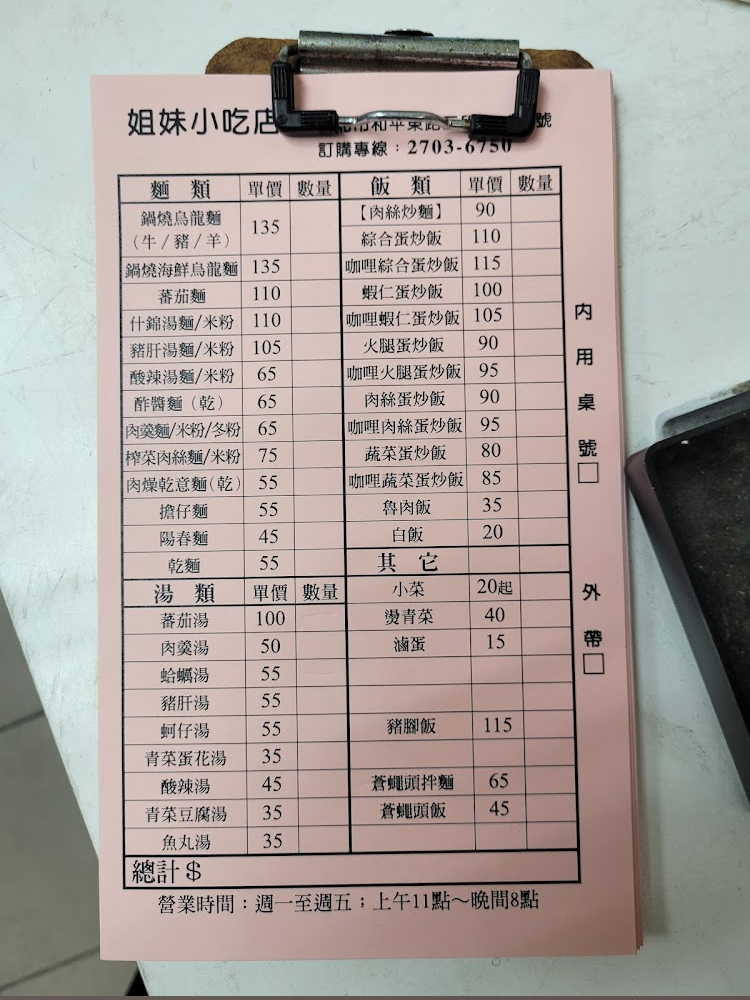
餐廳：姐妹小吃店
電話：2703-6750
營業時間：週一至週五;上午11點~晚間8點
菜單：
name: 鍋燒烏龍麵
price: 135
name: 肉絲炒麵(牛/豬/羊)
price: 90
name: 綜合蛋炒飯
price: 110
name: 鍋燒海鮮烏龍麵
price: 135
name: 咖哩綜合蛋炒飯
price: 115
name: 蕃茄麵
price: 110
name: 蝦仁蛋炒飯
price: 100
name: 什錦湯麵/米粉
price: 110
name: 咖哩蝦仁蛋炒飯
price: 105
name: 豬肝湯麵/米粉
price: 105
name: 火腿蛋炒飯
price: 90
name: 酸辣湯麵/米粉
price: 65
name: 咖哩火腿蛋炒飯
price: 95
name: 酢醬麵(乾)
price: 65
name: 肉絲蛋炒飯
price: 90
name: 肉羹麵/米粉/冬粉
price: 65
name: 咖哩肉絲蛋炒飯
price: 95
name: 榨菜肉絲麵/米粉
price: 75
name: 蔬菜蛋炒飯
price: 80
name: 肉燥乾意麵(乾)
price: 55
name: 咖哩蔬菜蛋炒飯
price: 85
name: 擔仔麵
price: 55
name: 魯肉飯
price: 35
name: 陽春麵
price: 45
name: 白飯
price: 20
name: 乾麵
price: 55
name: 蕃茄湯
price: 100
name: 燙青菜
price: 40
name: 肉羹湯
price: 50
name: 滷蛋
price: 15
name: 蛤蠣湯
price: 55
name: 豬肝湯
price: 55
name: 蚵仔湯
price: 55
name: 青菜蛋花湯
price: 35
name: 酸辣湯
price: 45
name: 青菜豆腐湯
price: 35
name: 魚丸湯
price: 35
name: 豬腳飯
price: 115
name: 蒼蠅頭拌麵
price: 65
name: 蒼蠅頭飯
price: 45